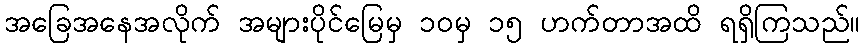
အခြေအနေအလိုက် အများပိုင်မြေမှ ၁၀မှ ၁၅ ဟက်တာအထိ ရရှိကြသည်။